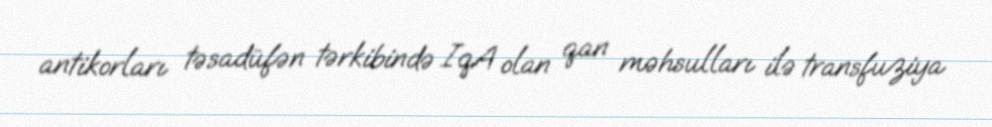
antikorları təsadüfən tərkibində IqA olan qan məhsulları ilə transfuziya